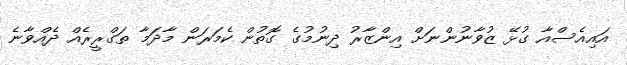
އައިއެސްއާ ގުޅޭ ޒުވާނުންނަށް އިންޒާރު ދިނުމުގެ ގޮތުން ކެމަރަން މާދަމާ ތަގްރީރެއް ދެއްވާނެ